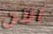
الآن